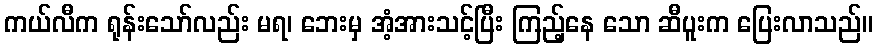
ကယ်လီက ရုန်းသော်လည်း မရ၊ ဘေးမှ အံ့အားသင့်ပြီး ကြည့်နေ သော ဆီပူးက ပြေးလာသည်။